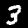
Label: 3